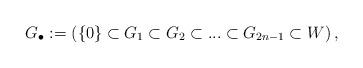
LaTeX: \begin{align*}G_\bullet := \left( \left\{0\right\} \subset G_1 \subset G_2 \subset ... \subset G_{2n-1} \subset W \right),\end{align*}